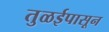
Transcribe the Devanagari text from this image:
तुळईपासून